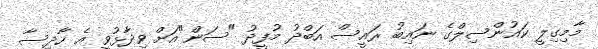
މާމިގިލީ ކައުންސިލްގެ ނައިބު ރައީސް އަބްދު މުފީދު "ސަން"އަށް ވިދާޅުވީ އެ ހާދިސާ